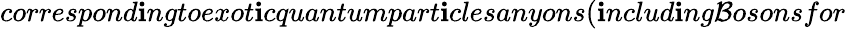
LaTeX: correspond\mathbf{i}ngtoexot\mathbf{i}cquantumpart\mathbf{i}clesanyons(\mathbf{i}nclud\mathbf{i}ng\mathcal{B}osonsfor